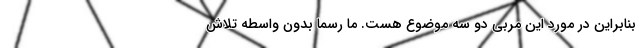
بنابراین در مورد این مربی دو سه موضوع هست. ما رسما بدون واسطه تلاش